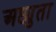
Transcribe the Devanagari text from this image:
अछ्युता